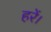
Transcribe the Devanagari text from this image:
हरें।